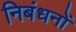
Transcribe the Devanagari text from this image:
निबंधनों